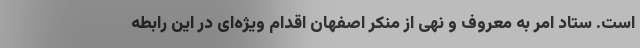
است. ستاد امر به معروف و نهی از منکر اصفهان اقدام ویژه‌ای در این رابطه